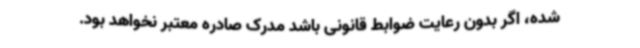
شده، اگر بدون رعایت ضوابط قانونی باشد مدرک صادره معتبر نخواهد بود.